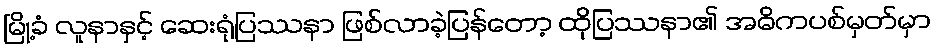
မြို့ခံ လူနာနှင့် ဆေးရုံပြဿနာ ဖြစ်လာခဲ့ပြန်တော့ ထိုပြဿနာ၏ အဓိကပစ်မှတ်မှာ